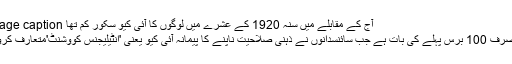
Image caption آج کے مقابلے میں سنہ 1920 کے عشرے میں لوگوں کا آئی کیو سکور کم تھا
یہ صرف 100 برس پہلے کی بات ہے جب سائنسدانوں نے ذہنی صلاحیت ناپنے کا پیمانہ آئی کیو یعنی 'اِنٹیلیِجنس کووشنٹ'متعارف کروایا۔